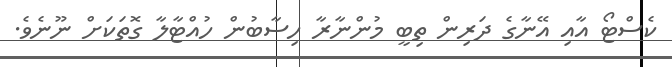
ކެސްޓޯ އާއި އޭނާގެ ދަރިން ތިބީ މުންނާރާ ހިސާބުން ހުއްޓާލާ ގޮތަކަށް ނޫނެވެ.